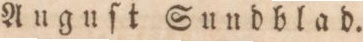
Auguſt Sundblad.